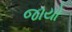
જાયો